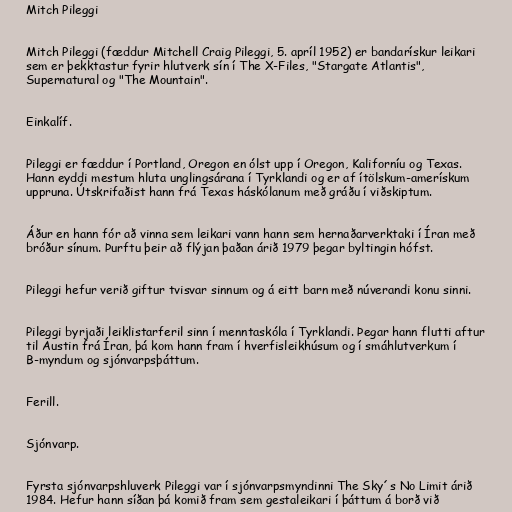
Mitch Pileggi

Mitch Pileggi (fæddur Mitchell Craig Pileggi, 5. apríl 1952) er bandarískur leikari
sem er þekktastur fyrir hlutverk sín í The X-Files, "Stargate Atlantis",
Supernatural og "The Mountain".

Einkalíf.

Pileggi er fæddur í Portland, Oregon en ólst upp í Oregon, Kaliforníu og Texas.
Hann eyddi mestum hluta unglingsárana í Tyrklandi og er af ítölskum-amerískum
uppruna. Útskrifaðist hann frá Texas háskólanum með gráðu í viðskiptum.

Áður en hann fór að vinna sem leikari vann hann sem hernaðarverktaki í Íran með
bróður sínum. Þurftu þeir að flýjan þaðan árið 1979 þegar byltingin hófst.

Pileggi hefur verið giftur tvisvar sinnum og á eitt barn með núverandi konu sinni.

Pileggi byrjaði leiklistarferil sinn í menntaskóla í Tyrklandi. Þegar hann flutti aftur
til Austin frá Íran, þá kom hann fram í hverfisleikhúsum og í smáhlutverkum í
B-myndum og sjónvarpsþáttum.

Ferill.

Sjónvarp.

Fyrsta sjónvarpshluverk Pileggi var í sjónvarpsmyndinni The Sky´s No Limit árið
1984. Hefur hann síðan þá komið fram sem gestaleikari í þáttum á borð við